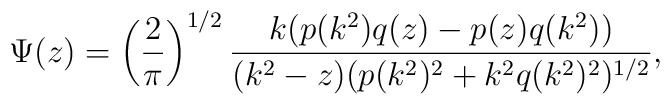
\Psi(z) = \left(\frac{2}{\pi}\right)^{1/2}\frac{k(p(k^2)q(z)-p(z)q(k^2))}{(k^2-z)(p(k^2)^2+k^2q(k^2)^2)^{1/2}},